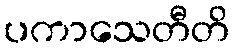
ပကာသေတီတိ